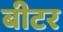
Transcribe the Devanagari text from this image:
बीटर